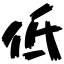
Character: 低